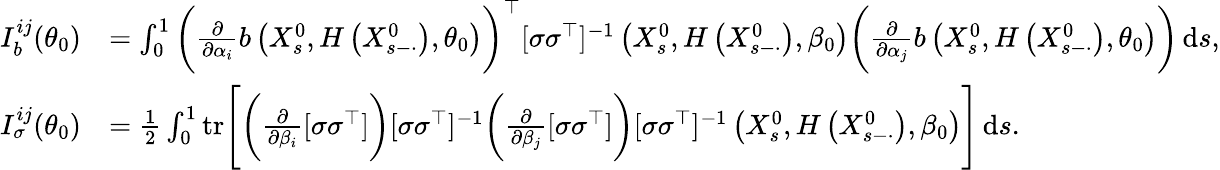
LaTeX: \begin{array}{rl}{I_{b}^{ij}(\theta_{0})}&{=\int_{0}^{1}\bigg(\frac{\partial}{\partial\alpha_{i}}b\left(X_{s}^{0},H\left(X_{s-\cdot}^{0}\right),\theta_{0}\right)\bigg)^{\top}[\sigma\sigma^{\top}]^{-1}\left(X_{s}^{0},H\left(X_{s-\cdot}^{0}\right),\beta_{0}\right)\bigg(\frac{\partial}{\partial\alpha_{j}}b\left(X_{s}^{0},H\left(X_{s-\cdot}^{0}\right),\theta_{0}\right)\bigg)\, \mathrm{d}s,}\\ {I_{\sigma}^{ij}(\theta_{0})}&{=\frac{1}{2}\int_{0}^{1}\mathrm{tr}\Bigg[\bigg(\frac{\partial}{\partial\beta_{i}}[\sigma\sigma^{\top}]\bigg)[\sigma\sigma^{\top}]^{-1}\bigg(\frac{\partial}{\partial\beta_{j}}[\sigma\sigma^{\top}]\bigg)[\sigma\sigma^{\top}]^{-1}\left(X_{s}^{0},H\left(X_{s-\cdot}^{0}\right),\beta_{0}\right)\Bigg]\, \mathrm{d}s.}\end{array}